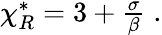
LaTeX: \begin{array}{r}{\chi_{R}^{*}=3+\frac{\sigma}{\beta}\; .}\end{array}